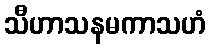
သီဟာသနမကာသဟံ